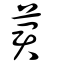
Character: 莙